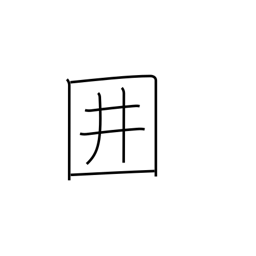
Meaning: paling